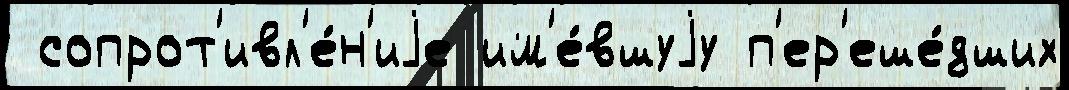
 сопрот'ивл'е́н'иjе им'е́вшуjу п'ер'еше́дших